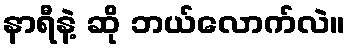
နာရီနဲ့ ဆို ဘယ်လောက်လဲ။